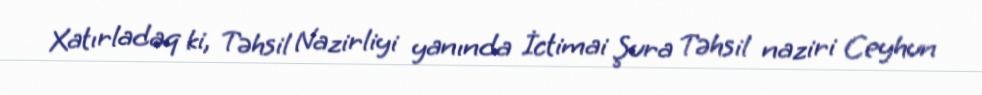
Xatırladaq ki, Təhsil Nazirliyi yanında İctimai Şura Təhsil naziri Ceyhun